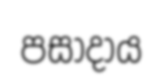
පසාදාය